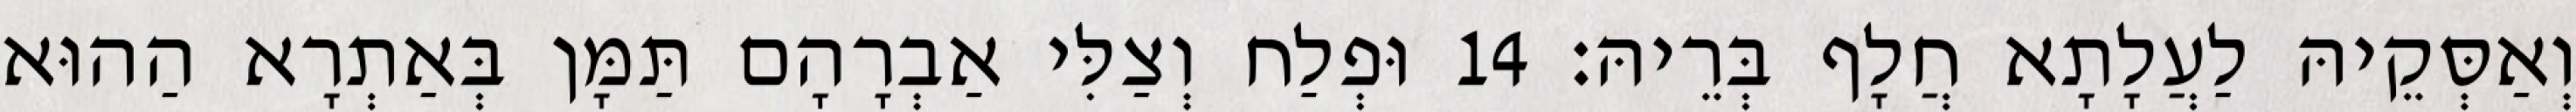
וְאַסְּקֵיהּ לַעֲלָתָא חֲלָף בְּרֵיהּ׃ 14 וּפְלַח וְצַלִּי אַבְרָהָם תַּמָּן בְּאַתְרָא הַהוּא